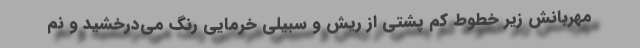
مهربانش زیر خطوط کم پشتی از ریش و سبیلی خرمایی رنگ می‌درخشید و نم